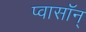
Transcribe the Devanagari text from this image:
प्वासॉन्‌